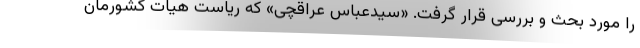
را مورد بحث و بررسی قرار گرفت. «سیدعباس عراقچی» که ریاست هیات کشورمان